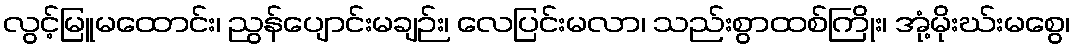
လွင့်မြူမထောင်း၊ ညွန်ပျောင်းမချဉ်း၊ လေပြင်းမလာ၊ သည်းစွာထစ်ကြိုး၊ အုံ့မိုးဃ်းမစွေ၊